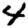
Digit: 4